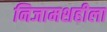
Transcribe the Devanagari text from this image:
निजामशहीला